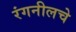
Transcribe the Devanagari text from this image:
रंगनीलचे